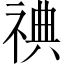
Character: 𬒿